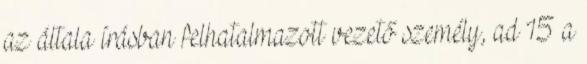
az általa írásban felhatalmazott vezető személy, ad 15 a